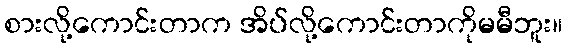
စားလို့ကောင်းတာက အိပ်လို့ကောင်းတာကိုမမီဘူး။